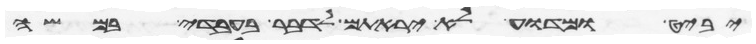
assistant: יביט ומדוע לא יראתם לדבר בעבדי במשה